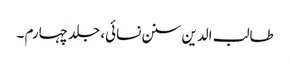
طالب الدین سنن نسائی، جلد چہارم ۔